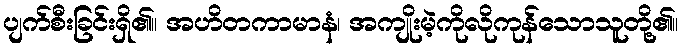
ပျက်စီးခြင်းရှိ၏။ အဟိတကာမာနံ၊ အကျိုးမဲ့ကိုလိုကုန်သောသူတို့၏။